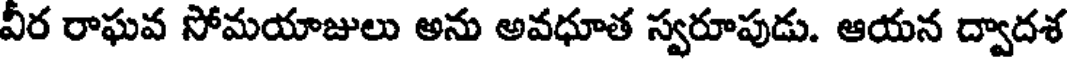
వీర రాఘవ సోమయాజులు అను అవధూత స్వరూపుడు. ఆయన ద్వాదశ